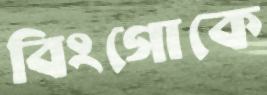
বিংগোকে